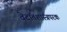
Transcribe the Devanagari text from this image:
वेदांतशास्त्रपरक